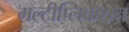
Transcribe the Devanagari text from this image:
मल्टीप्लिकेशन